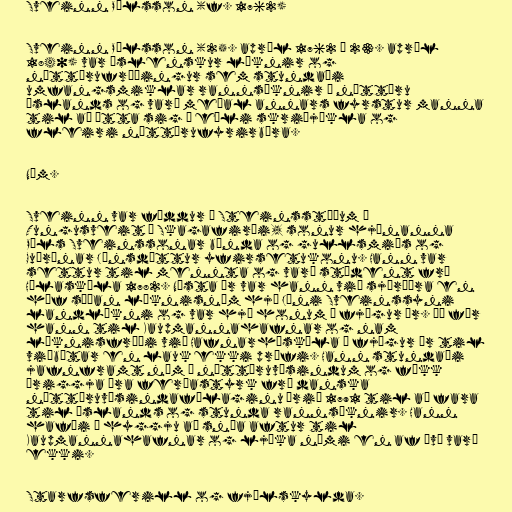
Sveinn Pálsson (f. 1762)

Sveinn Pálsson (25. apríl 1762 – 23. apríl
1840) var íslenskur læknir og
náttúrufræðingur sem stundaði
umfangsmiklar rannsóknir á náttúru
Íslands og varð meðal annars fyrstur manna
til að átta sig á eðli skriðjökla og
fleiri náttúrufyrirbæra.

Nám.

Sveinn var fæddur á Steinsstöðum í
Tungusveit í Skagafirði, sonur hjónanna
Páls Sveinssonar bónda og gullsmiðs og
Guðrúnar Jónsdóttur yfirsetukonu. Hann var
settur til mennta og varð stúdent frá
Hólaskóla 1782. Næsta ár var hann við sjóróðra en
hóf síðan læknisnám hjá Jóni Sveinssyni
landlækni og var hjá honum í fjögur ár. Þá fór
hann til Kaupmannahafnar og nam
læknisfræði við Hafnarháskóla í fjögur ár til
viðbótar en lauk ekki prófi. Hann stundaði
jafnframt nám í náttúruvísindum og fékk
þriggja ára ferðastyrk frá danska
náttúruvísindafélaginu árið 1791 til að fara
til Íslands og stunda rannsóknir. Hann
hafði í hyggju að snúa aftur til
Kaupmannahafnar og ljúka námi en af því varð
ekki.

Starfsferill og fjölskylda.